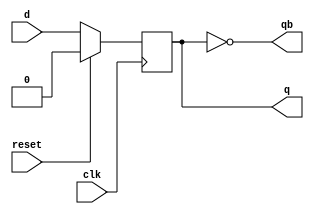
/********************************************************************************************

Copyright 2018-2019 - Maven Silicon Softech Pvt Ltd. All Rights Reserved.

This source code is an unpublished work belongs to Maven Silicon Softech Pvt Ltd.
It is considered a trade secret and is not to be divulged or used by parties who 
have not received written authorization from Maven Silicon Softech Pvt Ltd.

Maven Silicon Softech Pvt Ltd
Bangalore - 560076

Webpage: www.maven-silicon.com

Filename:	dff.v   

Description:	Delay flip flop 

Date:		01/05/2018

Author:		Maven Silicon

Email:		online@maven-silicon.com
		 

Version:	1.0

*********************************************************************************************/
 
module d_ff(clk,
           reset,
           d,
           q,
           qb);

// Step1 : Declare Port Directions

  input clk,reset,d;	 
  output reg q;
  output qb;

// Step2 : Write the behavioral logic for D flip-flop functionality.

  always@(posedge clk)
  begin
    if(reset)
      q=0;
    else
      q=d;
  end

//Step3. Assign complement of q to qb.

  assign qb=~q;       

endmodule